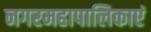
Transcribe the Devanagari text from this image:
नगरमहापालिकाएं